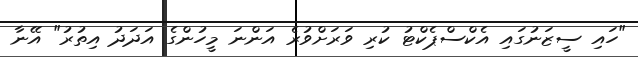
"ހައި ސީޒަނުގައި އެކްސްޕެކްޓު ކުރި ވަރަށްވުރެ އަންނަ މީހުންގެ އަދަދު އިތުރު" އޭނާ